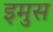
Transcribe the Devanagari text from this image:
इमुस